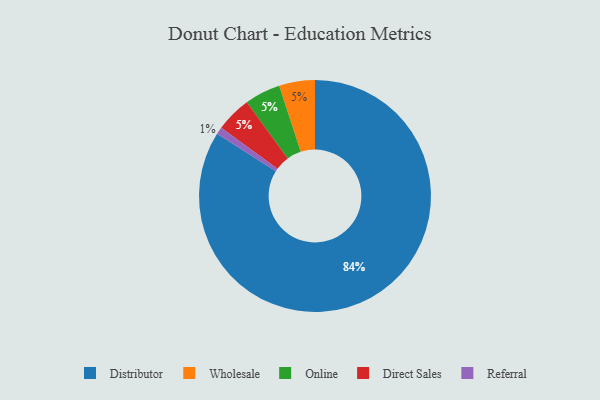
{"axis": {"x": "Category", "y": "Percentage"}, "legend": ["Direct Sales", "Distributor", "Online", "Referral", "Wholesale"], "data": [{"x": "Wholesale", "y": 5, "type": "Wholesale"}, {"x": "Referral", "y": 1, "type": "Referral"}, {"x": "Online", "y": 5, "type": "Online"}, {"x": "Distributor", "y": 84, "type": "Distributor"}, {"x": "Direct Sales", "y": 5, "type": "Direct Sales"}]}